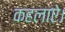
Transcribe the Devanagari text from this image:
कहलाऐ।